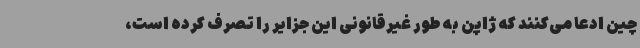
چین ادعا می‌کنند که ژاپن به طور غیرقانونی این جزایر را تصرف کرده است،